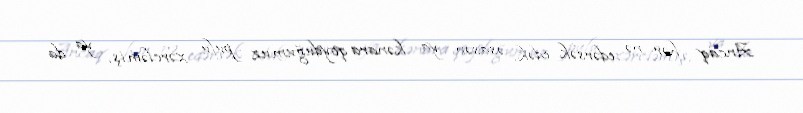
Ancaq hər nə edərsək edək, əsasən ya kənara qoyduğumuz pulu xərcləmiş, ya da